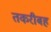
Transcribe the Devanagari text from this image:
तकरीबह